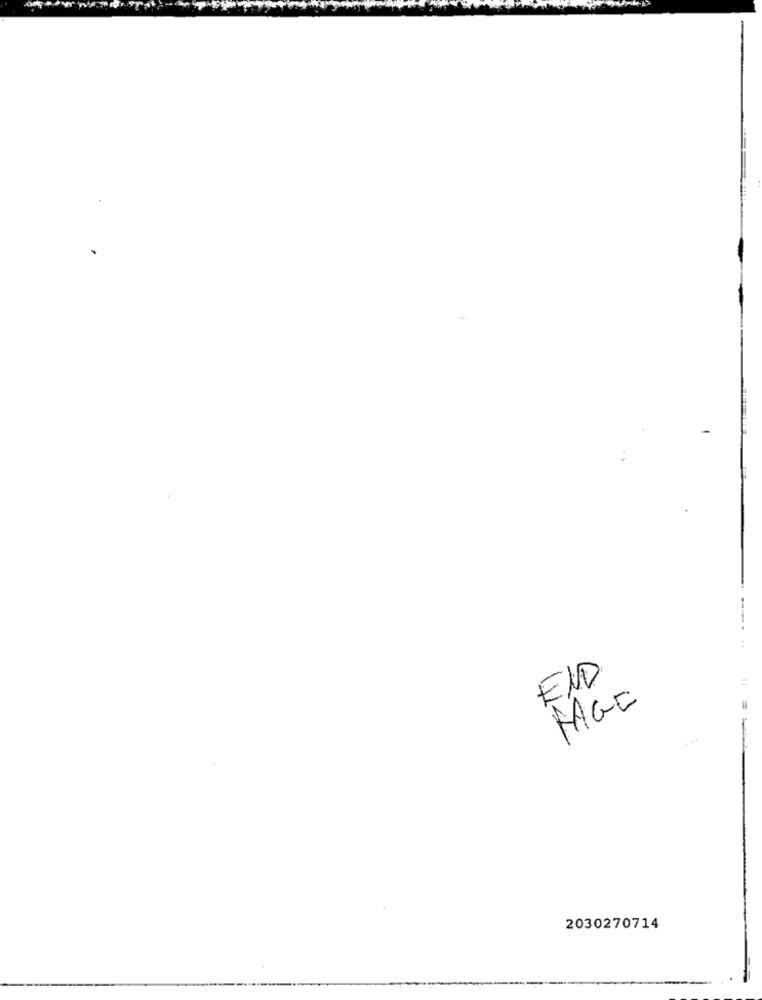
END
2030270714